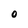
Character: 0